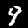
Digit: 9